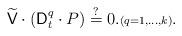
LaTeX: \begin{align*} \widetilde{\mathsf{V}} \cdot ( \mathsf{D}_{t}^{q} \cdot P ) \stackrel?= 0. {\scriptstyle(q=1,\dotsc,k)}.\end{align*}